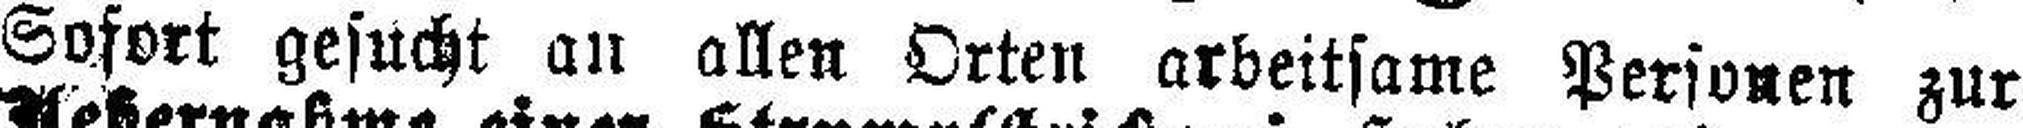
Sofort gesucht au allen Orten arbeitsame Personen zur